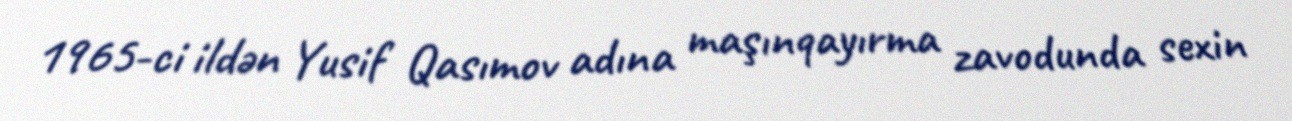
1965-ci ildən Yusif Qasımov adına maşınqayırma zavodunda sexin